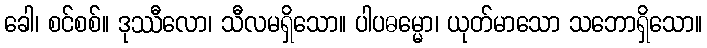
ခေါ၊ စင်စစ်။ ဒုဿီလော၊ သီလမရှိသော။ ပါပဓမ္မော၊ ယုတ်မာသော သဘောရှိသော။